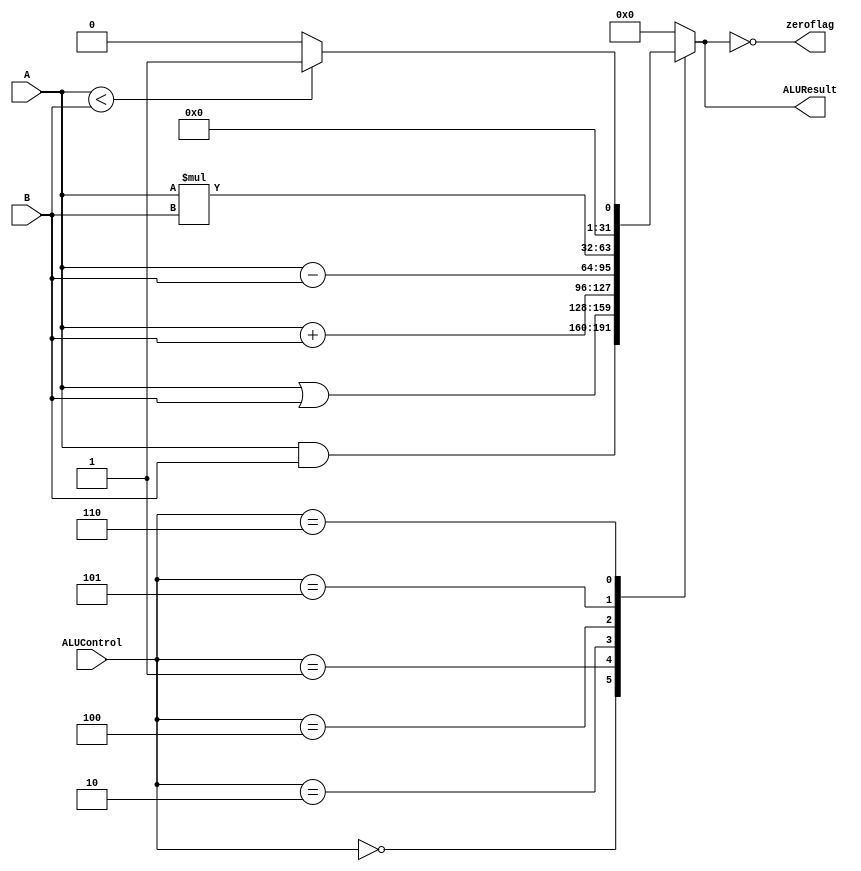

//////////////////////////////////////////////////////////////////////////////////
// Company: 
// 
// Design Name: 
// Module Name: ALu
// Project Name: single cycle MIPS
// Target Devices: 
// Tool Versions: 
// Description: 
// 
// Dependencies: 
// 
// Revision:
// Revision 0.01 - File Created
// Additional Comments:
// 
//////////////////////////////////////////////////////////////////////////////////

module ALu	
			#(parameter n = 32)
			(
			 input [n-1:0] A,B,
			 input [2:0] ALUControl,
			 output reg [n-1:0] ALUResult,
			 output reg zeroflag
			);
			
			always @(*)
			begin
				case (ALUControl)
					3'b000:ALUResult <= A & B;

					3'b001:ALUResult <= A | B;
					
					3'b010:ALUResult <= A + B;

					3'b100:ALUResult <= A - B;

					3'b101:ALUResult <= A * B;
					
					3'b110:ALUResult <= (A < B) ? 1'b1:1'b0;
					
					default:ALUResult <= 0;
				endcase
				
				zeroflag <= (ALUResult == 0);  // Set zero flag if result is zero
			end
			
endmodule